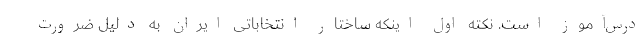
درس‌آموز است. نکته اول اینکه ساختار انتخاباتی ایران به دلیل ضرورت